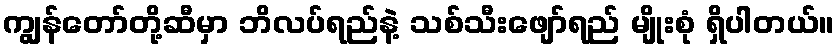
ကျွန်တော်တို့ဆီမှာ ဘိလပ်ရည်နဲ့ သစ်သီးဖျော်ရည် မျိုးစုံ ရှိပါတယ်။